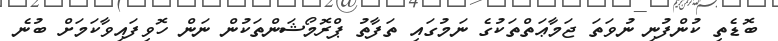
ބޮޑެތި ކުންފުނި ނުވަތަ ޖަމާޢަތްތަކުގެ ނަމުގައި ތަފާތު ޕްރޮމޯޝަންތަކުން ނަން ހޮވިފައިވާކަމަށް ބުނެ